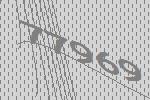
77969